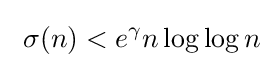
\ \sigma (n)<e^{\gamma }n\log \log n